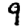
Digit: 9